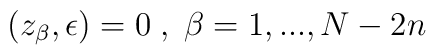
(z_{\beta}, \epsilon) = 0\;, \; \beta = 1,...,N-2n